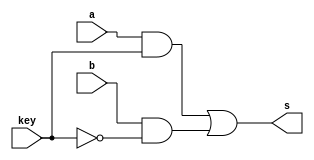
// -------------------------
// Exemplo0035 - F4
// Nome: Eduardo Manoel
// -------------------------

//-------------------------
// CHOICE
//-------------------------
module choice (output s, input a, input b, input key);
	assign s = ( (a & key) | ( b & ~key) );
endmodule // OR_GATE


//-------------------------
// OR_GATE
//-------------------------
module or_gate (output s, input a, input b);
	assign s = (a | b);
endmodule // OR_GATE

//-------------------------
// XOR_GATE
//-------------------------
module xor_gate (output s, input a, input b);
	assign s = ( (~a & b) | (a & ~b) );
endmodule // XOR_GATE

//-------------------------
// AND_GATE
//-------------------------
module and_gate (output s, input a, input b);
	assign s = (a & b);
endmodule // AND_GATE

//-------------------------
// NOR_GATE
//-------------------------
module nor_gate (output s, input a, input b);
	assign s = ~(a | b);
endmodule // NOR_GATE

//-------------------------
// XNOR_GATE
//-------------------------
module xnor_gate (output s, input a, input b);
	assign s = ~( (~a & b) | (a & ~b) );
endmodule // XNOR_GATE

//-------------------------
// NAND_GATE
//-------------------------
module nand_gate (output s, input a, input b);
	assign s = ~(a & b);
endmodule // NAND_GATE

// ------------------------- definir dados
module test_f4;
   reg  [3:0] x;
	reg  [3:0] y;
	
	wire [3:0] saida_xor;
	wire [3:0] saida_or;
	wire [3:0] saida_and;
	
	wire [3:0] saida_xnor;
	wire [3:0] saida_nor;
	wire [3:0] saida_nand;
	
	// Descricao do circutio principal
		//Resultado da XOR bit a bit
	   xor_gate xor_0 (saida_xor[0], x[0], y[0]);
		xor_gate xor_1 (saida_xor[1], x[1], y[1]);
		xor_gate xor_2 (saida_xor[2], x[2], y[2]);
		xor_gate xor_3 (saida_xor[3], x[3], y[3]);
		
		//Resultado da OR bit a bit
	   or_gate or_0 (saida_or[0], x[0], y[0]);
		or_gate or_1 (saida_or[1], x[1], y[1]);
		or_gate or_2 (saida_or[2], x[2], y[2]);
		or_gate or_3 (saida_or[3], x[3], y[3]);
		
		//Resultado da AND bit a bit
	   and_gate and_0 (saida_and[0], x[0], y[0]);
		and_gate and_1 (saida_and[1], x[1], y[1]);
		and_gate and_2 (saida_and[2], x[2], y[2]);
		and_gate and_3 (saida_and[3], x[3], y[3]);

		//Resultado da XNOR bit a bit
	   xnor_gate xnor_0 (saida_xnor[0], x[0], y[0]);
		xnor_gate xnor_1 (saida_xnor[1], x[1], y[1]);
		xnor_gate xnor_2 (saida_xnor[2], x[2], y[2]);
		xnor_gate xnor_3 (saida_xnor[3], x[3], y[3]);
		
		//Resultado da NOR bit a bit
	   nor_gate nor_0 (saida_nor[0], x[0], y[0]);
		nor_gate nor_1 (saida_nor[1], x[1], y[1]);
		nor_gate nor_2 (saida_nor[2], x[2], y[2]);
		nor_gate nor_3 (saida_nor[3], x[3], y[3]);
		
		//Resultado da NAND bit a bit
	   nand_gate nand_0 (saida_nand[0], x[0], y[0]);
		nand_gate nand_1 (saida_nand[1], x[1], y[1]);
		nand_gate nand_2 (saida_nand[2], x[2], y[2]);
		nand_gate nand_3 (saida_nand[3], x[3], y[3]);
// ------------------------- parte principal
   initial begin
		//Descricao
      $display("Exemplo0035 - Eduardo Manoel - 427396");
      $display("Test LU's module");
		#1 x = 4'b0000; y = 4'b0011;
		
		$monitor("RESULTADOS X = %4b Y= %4b\n AND -> %4b\t NAND -> %4b\n OR -> %4b\t XOR -> %4b\n XOR -> %4b\t XNOR -> %4b\n", x, y, saida_and[3:0], saida_nand[3:0], saida_or[3:0], saida_nor[3:0], saida_xor[3:0], saida_xnor[3:0]);
		
		#1 x = 4'b1010; y = 4'b0101;
		#1 x = 4'b1100; y = 4'b0011;
		#1 x = 4'b1001; y = 4'b1011;

		
end
endmodule // test_f4

// OBS.: PODE DEIXAR SO' OS ARQUIVOS COM EXTENSAO .v